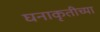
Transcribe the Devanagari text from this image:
घनाकृतीच्या